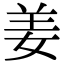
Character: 姜